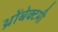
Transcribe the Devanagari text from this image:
थ्रोंबेक्टमी